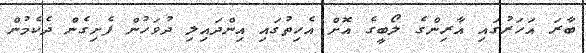
ބާރަ އަހަރުގައި އާރިންގެ ލޯބީގެ އޮށް އެހިތުގައި އިންދައިލި ދުވަހުން ފެށިގެން ދެކެމުން